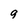
Character: 9